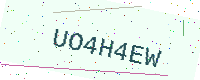
Text: UO4H4EW